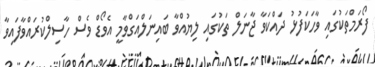
ފޯރަމްތަކުގައި ވާހަކަފުޅު ދައްކަވާ ޖާނަލް ތަކުގައި ލިޔުއްވާ ބައިނަލްއަގްވާމީ އެވޯޑް ވެސް ހާސިލްކުރައްވާފައިވާ